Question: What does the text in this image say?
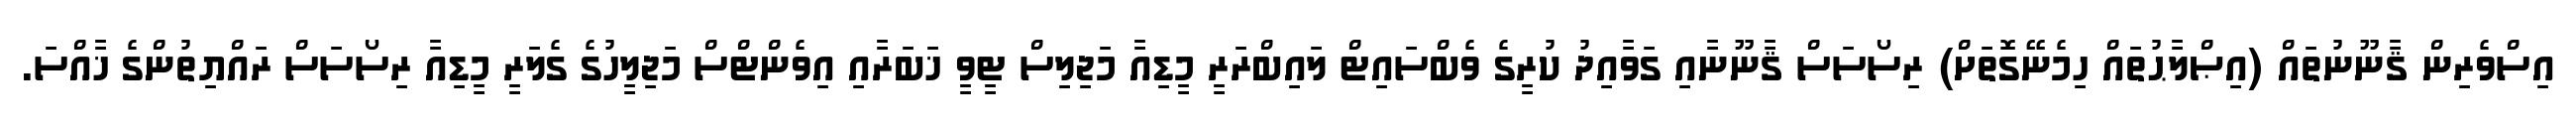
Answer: އިސްވެރިން ޤާނޫނުތައް (އިޞްލާޙުތައް ހިމެނޭގޮތަށް) ރިސޯސަސް ޤާނޫނާއި ގަވާއިދު ކުރީގެ ވެބްސައިޓް ލައިބްރަރީ މީޑިއާ މަޖިލިސް ޓީވީ ޚަބަރާއި އިވެންޓްސް މަޖިލީހުގެ ގެލަރީ މީޑިއާ ރިސޯސަސް ރައްޔިތުންގެ ޚާއްސަ.